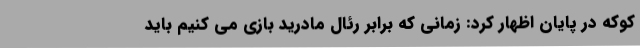
کوکه در پایان اظهار کرد: زمانی که برابر رئال مادرید بازی می کنیم باید